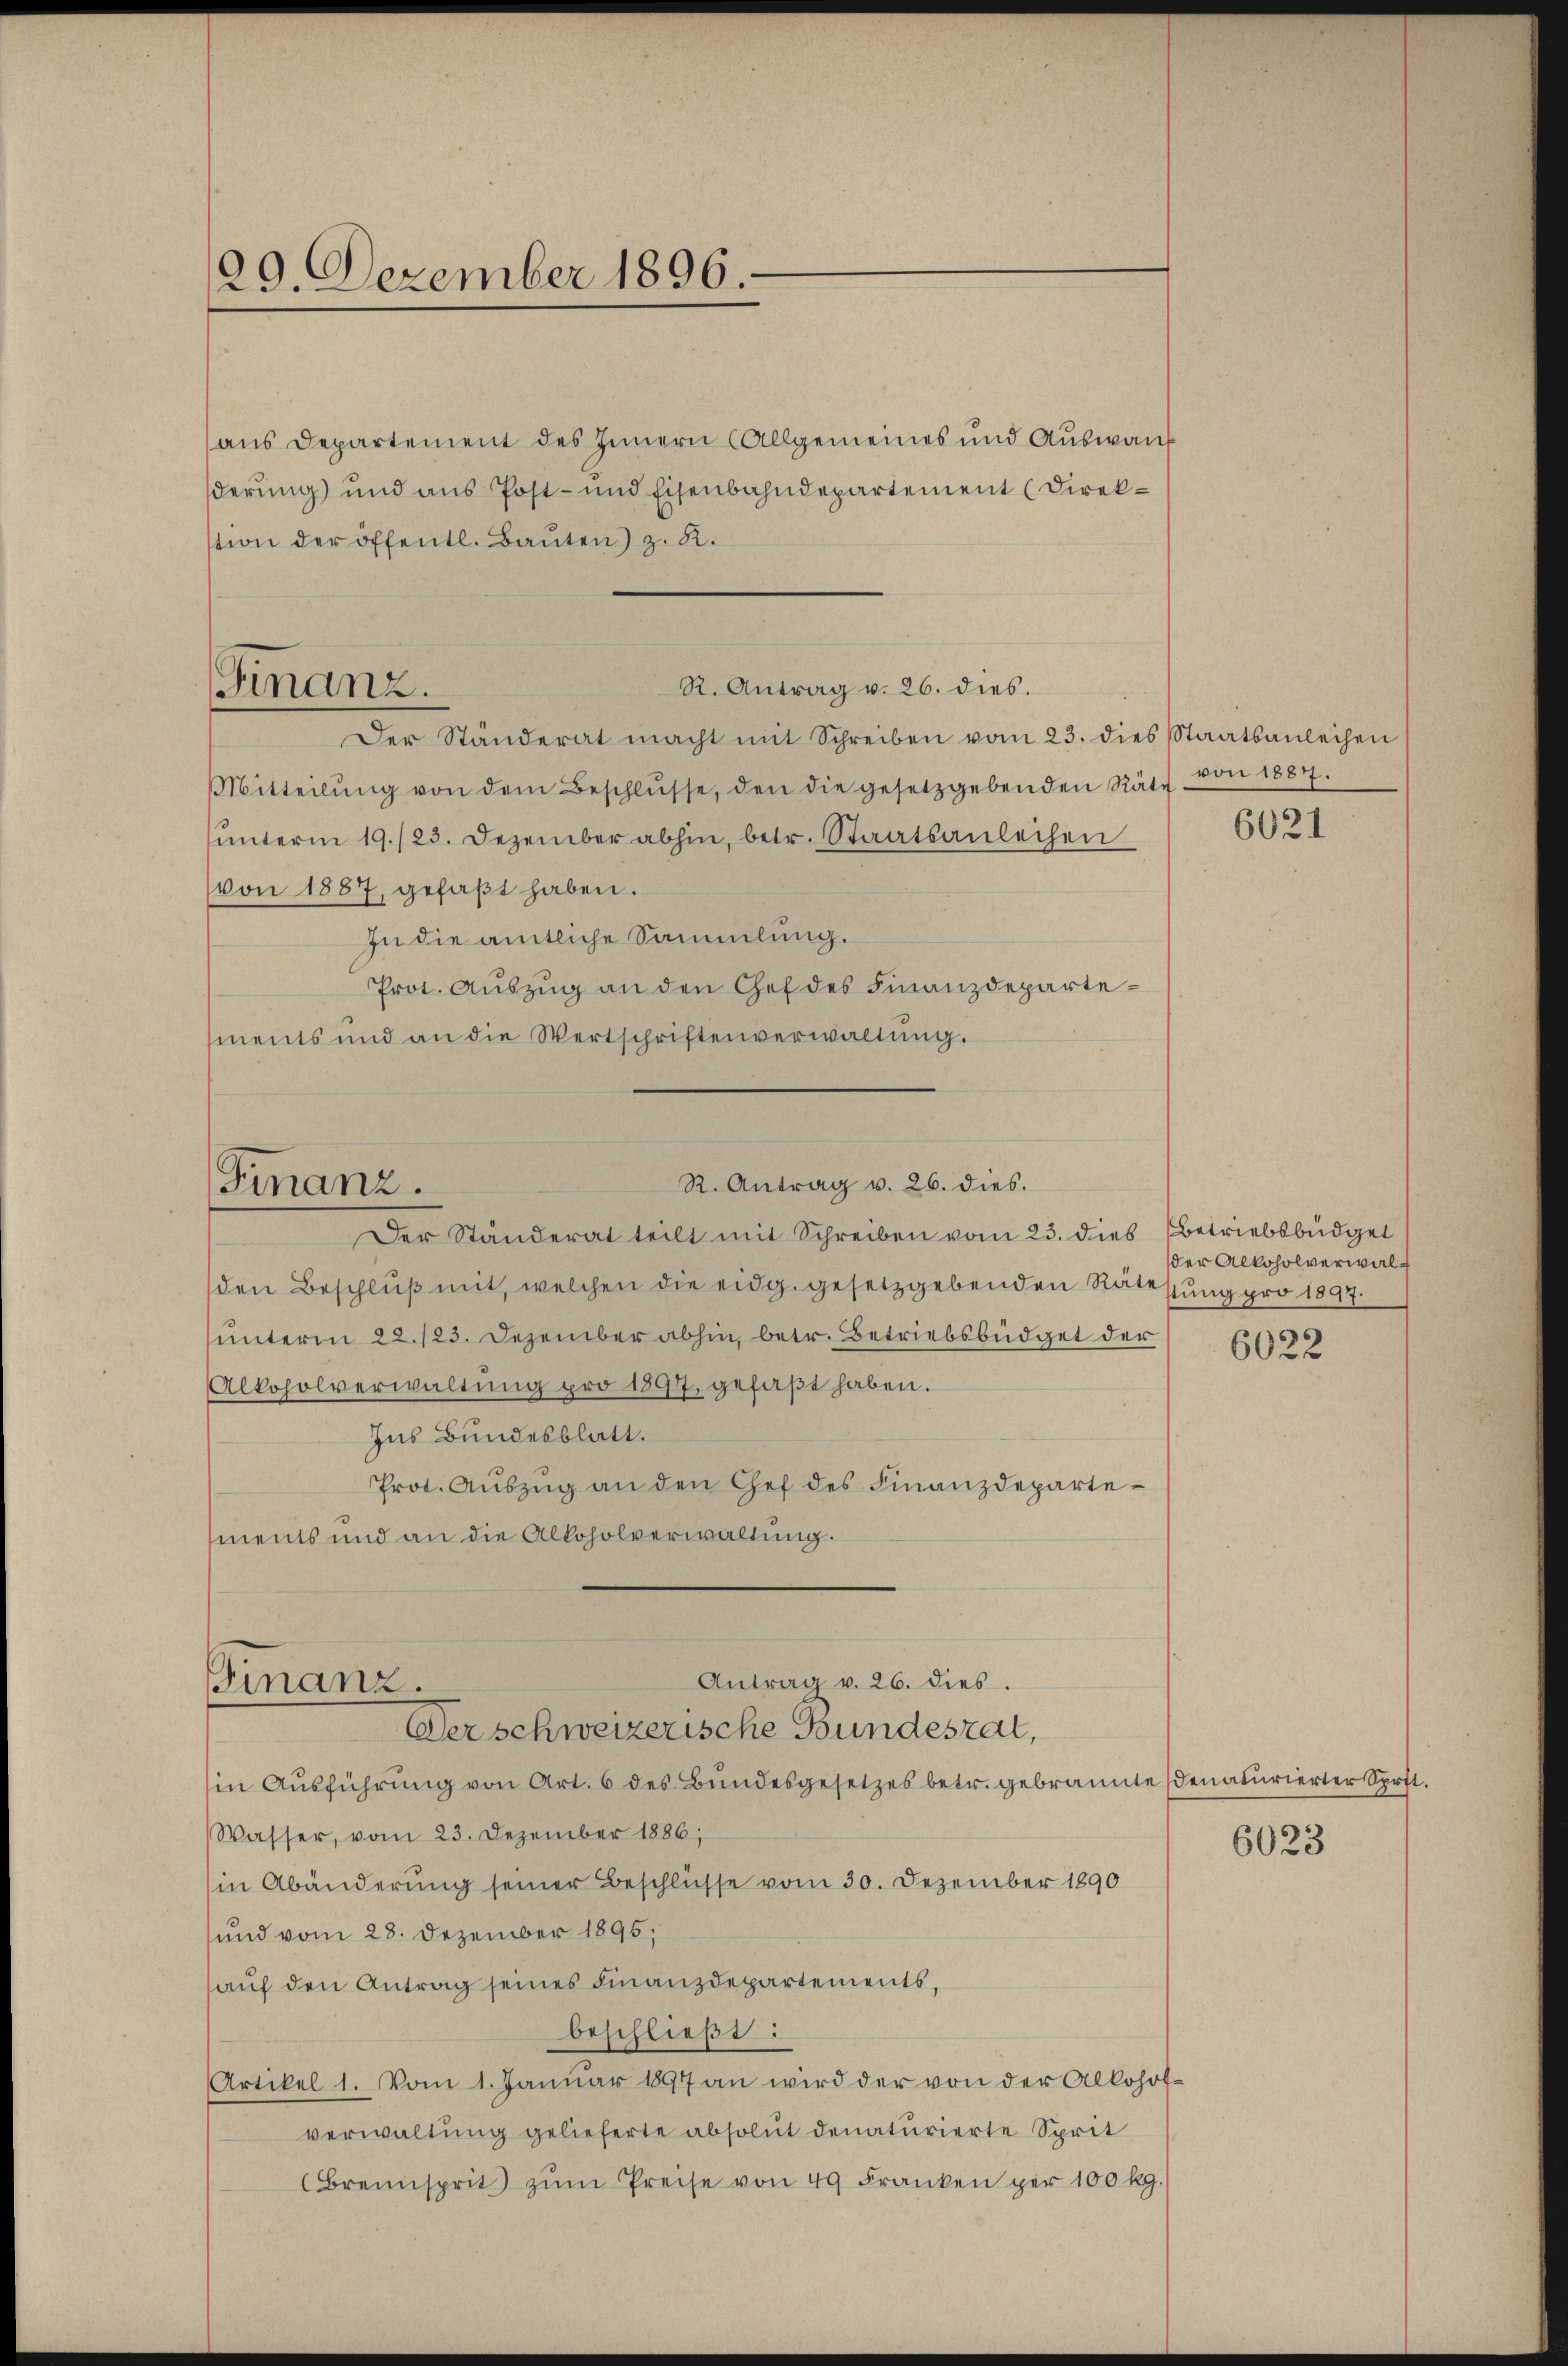
ans Departement des Innern (Allgemeines und Auswand
derung) und aus Post- und Eisenbahndepartement (Direktion der öffentl. Baŭten) z. B.

Der Standerat macht mit Schreiben vom 23. dies Staatsanleihen
Mitteilŭng von dem Beschlŭsse, den die gesetzgebenden Räte
ŭnterm 19./23. Dezember abhin, betr. Staatsanleihen
von 1887, gefaβt haben.
In die amtliche Sammlung.
Prot. Auszug an den Chef des Finanzdepartements und an die Wertschriftenverwaltŭng.
Der Ständerat teilt mit Schreiben vom 23. dies Betriebsbüdgel
den Beschlŭβ mit, welchen die eidg. gesetzgebenden Ratessung pro 1897.
unterm 22./23. Dezember abhin, betr. Betriebsbüdget der
Alkoholverwaltŭng pro 1897. gefaβt haben.
Ins Bundesblatt.
Prot. Aŭszŭg an den Gef des Finanzdepartements und an die Alkoholverwaltung.
Antrag v. 26. dies.
Finanz.
Der schweizerische Bundesrat,
in Aŭsführŭng von Art. 6 des Bŭndesgesetzes betr. gebrannte Senaturierter Sprft.
Wasser, vom 23. Dezember 1886;
(in Abänderung seiner Beschlüsse vom 30. Dezember 1890
und vom 28. Dezember 1895,
auf den Antrag seines Finanzdepartements,
beschließt:
Artikel 1. Vom 1. Januar 1897 an wird der von der Allohofverwaltung gelieferte absolut denaturierte Sprit
Brennsprit zŭm Preise von 49 Frankenper 100 kg.

129. Dezember 1896.

R. Antrag v. 26. dies.
Finanz.

Finanz.

R. Antrag v. 26. dies.

von 1887.
6021

der Alkoholverwal¬
6022

6023